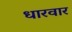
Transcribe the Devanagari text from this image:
धारवार